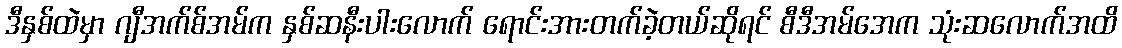
ဒီနှစ်ထဲမှာ ဂျီအက်စ်အမ်က နှစ်ဆနီးပါးလောက် ရောင်းအားတက်ခဲ့တယ်ဆိုရင် စီဒီအမ်အေက သုံးဆလောက်အထိ